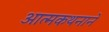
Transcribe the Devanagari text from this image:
आत्मकथनाने